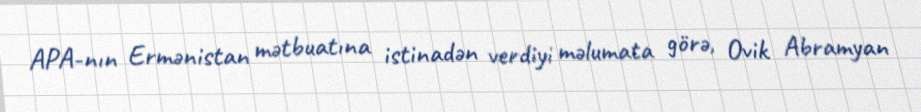
APA-nın Ermənistan mətbuatına istinadən verdiyi məlumata görə, Ovik Abramyan